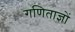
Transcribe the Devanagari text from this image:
गणिताज्ञों